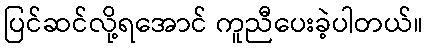
ပြင်ဆင်လို့ရအောင် ကူညီပေးခဲ့ပါတယ်။